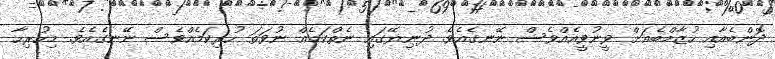
ދޮންބެއާއި ހުޒާމްބެއަށް ވީނުވީއެއްވެސް ނޭނގެއެވެ. ދުނިޔޭގައި ނެތްކަމެއް ނުވަތަ ހުރިކަމެއްވެސް ނޭނގެއެވެ. މިހުރިހާ